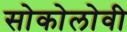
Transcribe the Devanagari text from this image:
सोकोलोवी